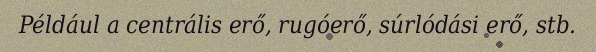
Például a centrális erő, rugóerő, súrlódási erő, stb.